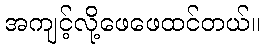
အကျင့်လို့ဖေဖေထင်တယ်။